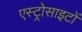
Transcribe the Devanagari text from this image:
एस्ट्रोसाइटों